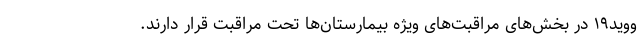
ووید۱۹ در بخش‌های مراقبت‌های ویژه بیمارستان‌ها تحت مراقبت قرار دارند.